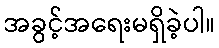
အခွင့်အရေးမရှိခဲ့ပါ။